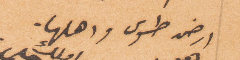
ارض طوس وأهلها